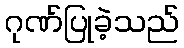
ဂုဏ်ပြုခဲ့သည်